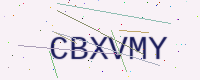
Text: CBXVMY